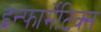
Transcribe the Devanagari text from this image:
इन्फार्मेटिक्स